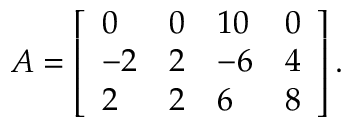
\begin{array} { r } { A = \left[ \begin{array} { l l l l } { 0 } & { 0 } & { 1 0 } & { 0 } \\ { - 2 } & { 2 } & { - 6 } & { 4 } \\ { 2 } & { 2 } & { 6 } & { 8 } \end{array} \right] . } \end{array}